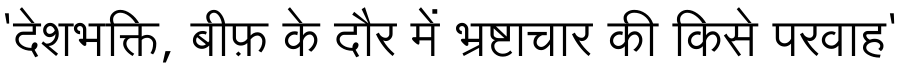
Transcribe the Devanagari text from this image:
'देशभक्ति, बीफ़ के दौर में भ्रष्टाचार की किसे परवाह'